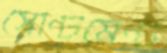
সেন্টিমেন্ট